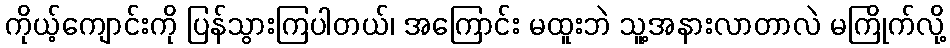
ကိုယ့်ကျောင်းကို ပြန်သွားကြပါတယ်၊ အကြောင်း မထူးဘဲ သူ့အနားလာတာလဲ မကြိုက်လို့